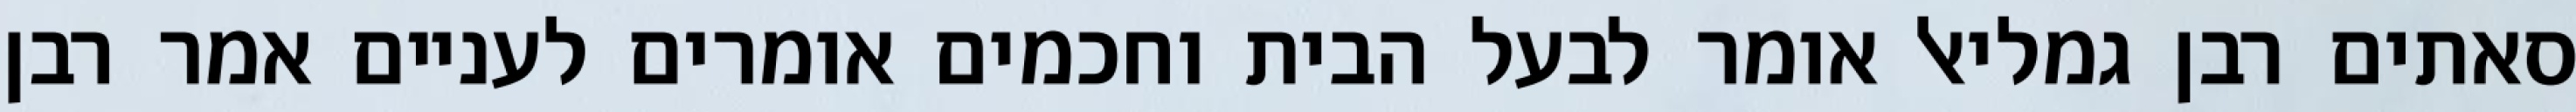
סאתים רבן גמליאל אומר לבעל הבית וחכמים אומרים לעניים אמר רבן